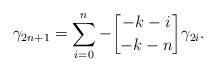
LaTeX: \begin{align*} \gamma_{2n+1} = \sum\limits_{i=0}^n -{-k-i\brack -k-n}\gamma_{2i}.\end{align*}